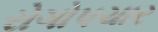
રોગોપચાર